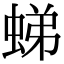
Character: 𧋘